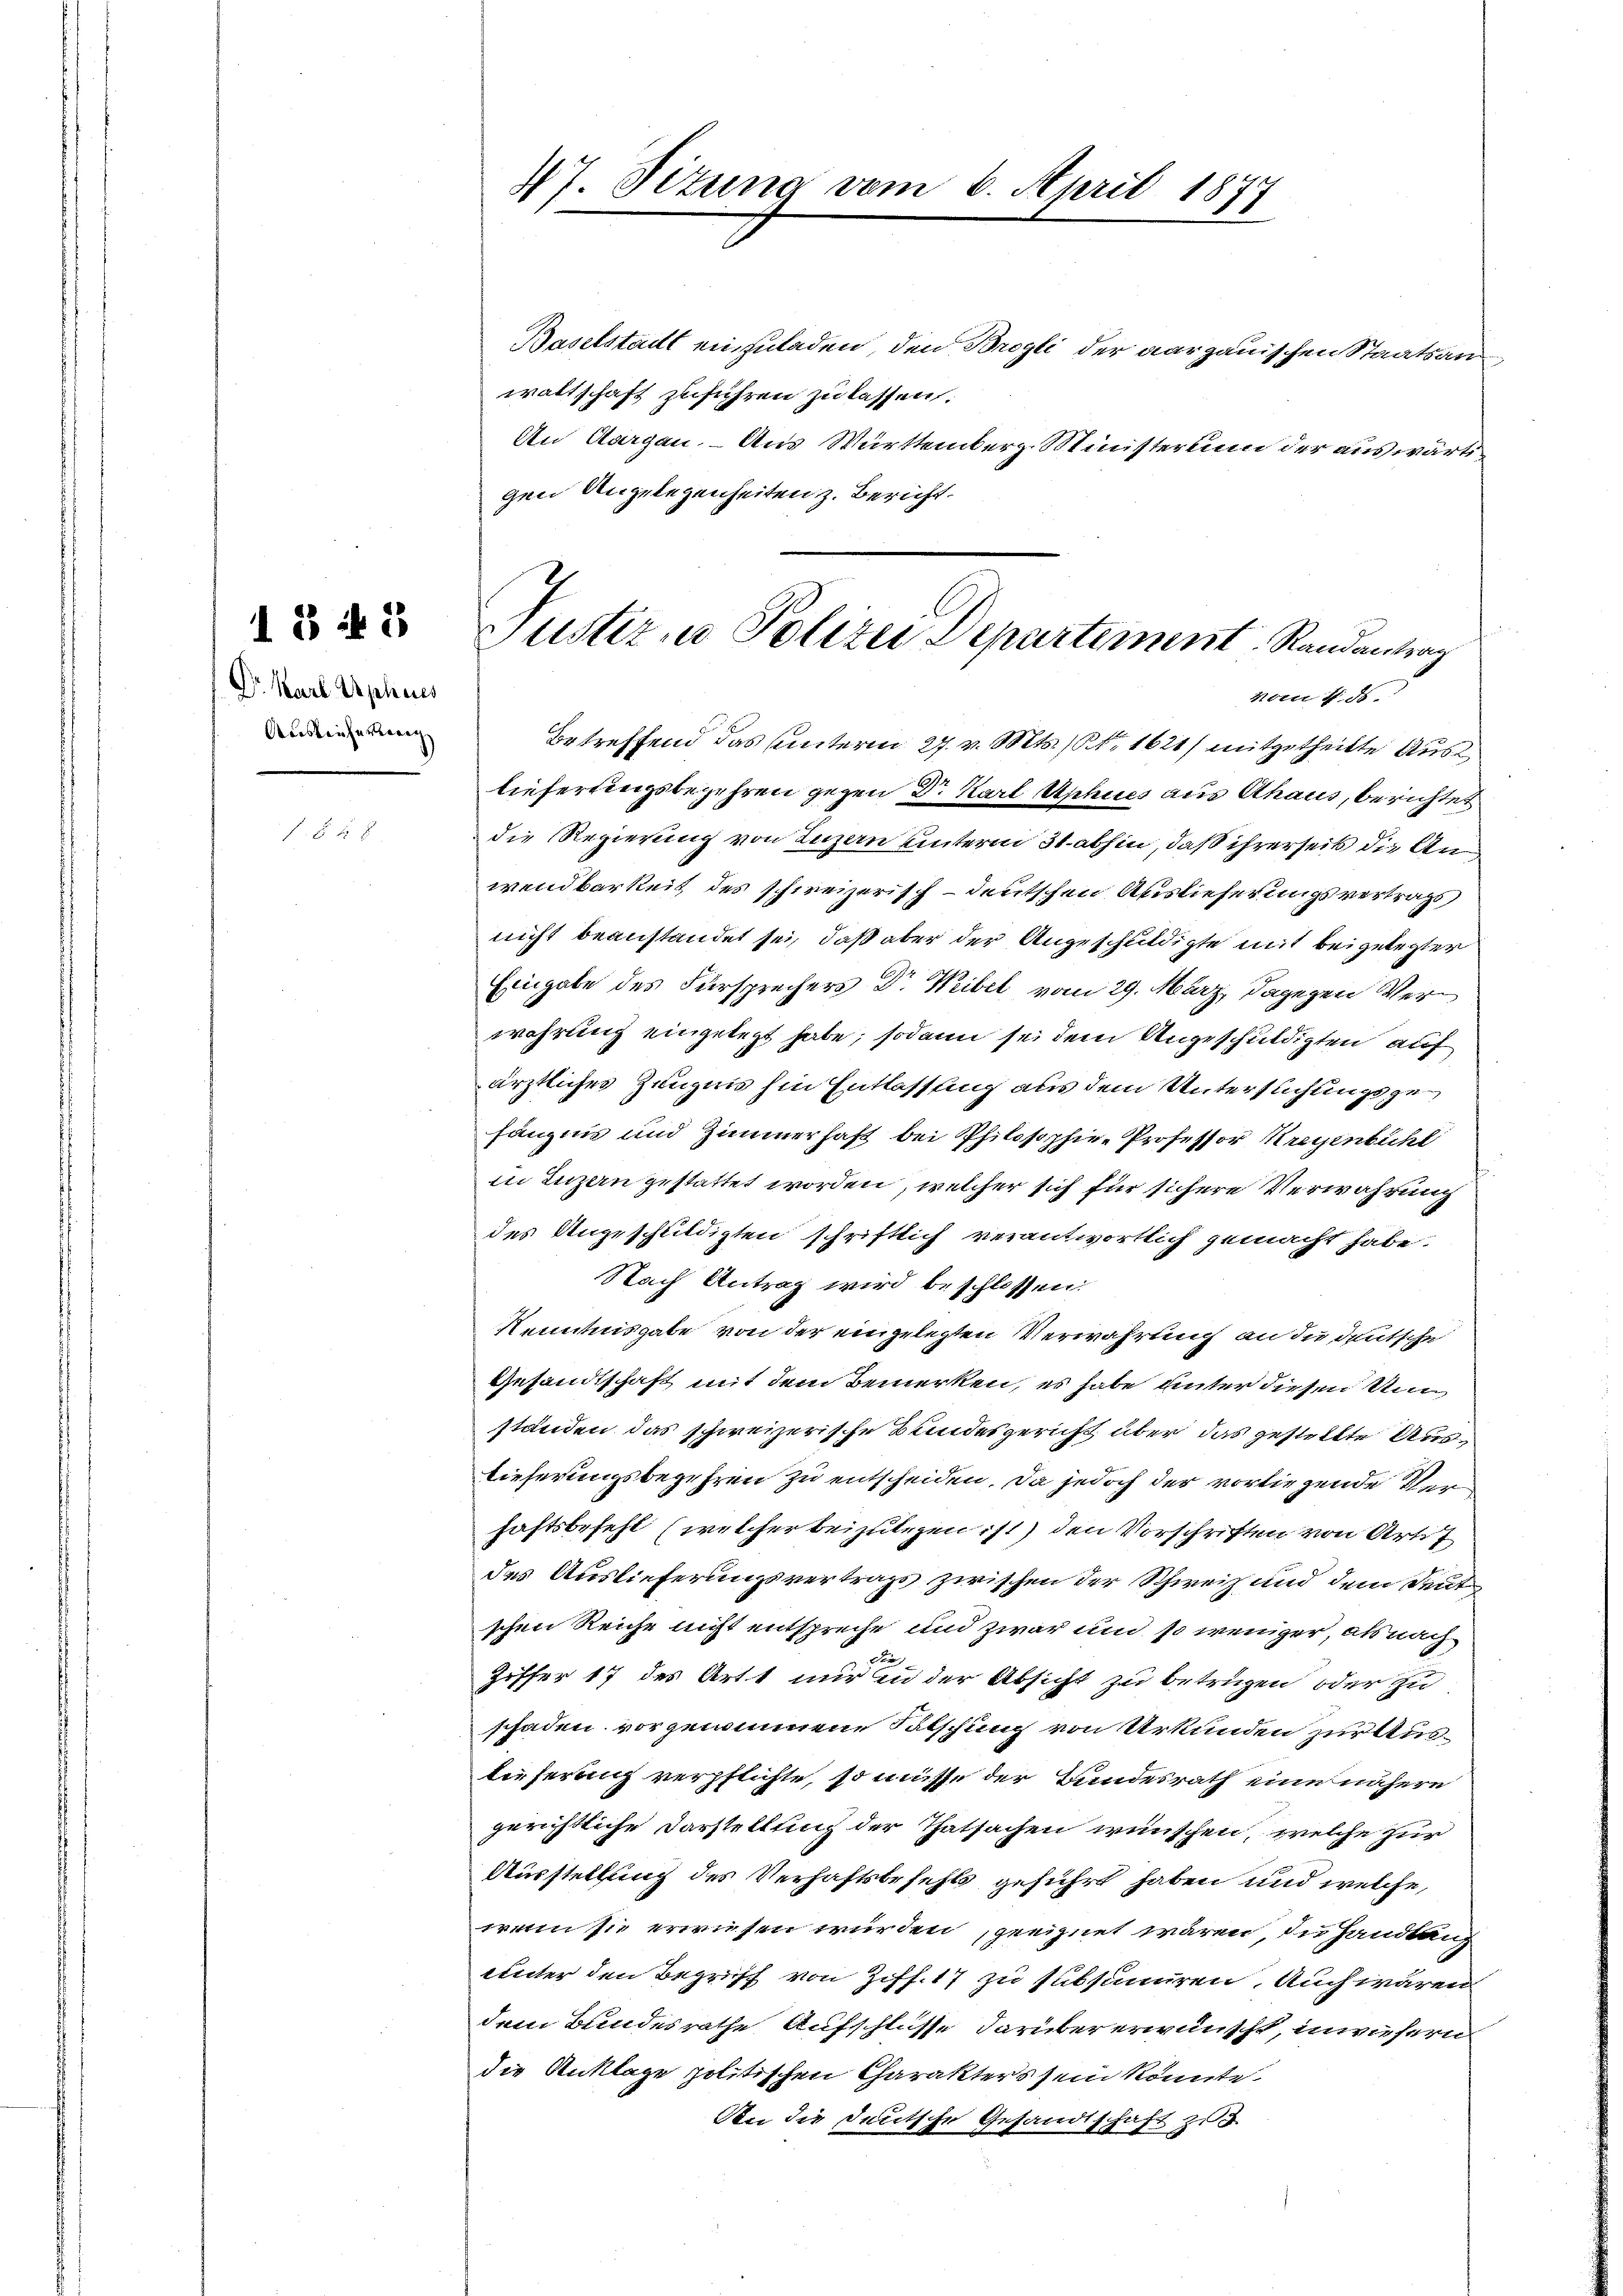
Dr. Karl Uphues
Ausleicherherig

13 f 3

f 5 xx

Baselstadt einzuladen, den Brogli der aargauischen Staatsanwaltschaft zuführen zu lassen:
An Aargau. – Aus Württemberg. Ministerium der auswärtigen Angelegenheiten z. Bericht.

47. Situng vom 6. April 1877

Justiz u. Polizei Departement. Randantrag
vom 4. ds.

Betreffend das Unterm 27. v. Mts. (S. 1621/ mitgetheilte Ausliefertingsbegehren gegen Dr. Karl Aphues aus Ahaus, berichtet
die Regierung von Luzern unterm 31. abhin, daß ihrerseits die Anwendbarkeit des schweizerisch - deutschen Auslieferungsvertrag
nicht beanstandet sei, daß aber der Angeschuldigte mit beigelegter
Eingabe des Fürsprechers Dr Weibel vom 29. März, dagegen Verwahrung eingelegt habe; sodann sei dem Angeschuldigten auf
ärztliches Zeugnis hin Entlassung aus dem Untersuchungsgefängnis und Zimmerhaft bei Philosophie- Professor Kreyenbühl
in Luzern gestattet worden, welcher sich für sichere Verwahrung
des Angeschuldigten schriftlich verantwortlich gemacht habe.
Nach Antrag wird beschlossen:
Kenntnisgabe von der eingelegten Verwahrung an die deutsche
Gesandtschaft mit dem Bemerken, es habe unter diesen Un
ständen das schweizerische Bundesgericht über das gestellte Auslieferungsbegehren zu entscheiden. Da jedoch der vorliegende Verhaftsbefehl (welcher beizulegen ist) den Vorschriften von Arti
das Auslieferungsvertrags zwischen der Schweiz und dem Deut
schen Reiche nicht entspreche und zwar und so weniger, als nach
d
Ziffer 17 des Art nur in der Absicht zu betrügen, oder zu
schaden vorgenommene Ratschung von Urkunden zur Auslieferung verpflichte, so müsse der Bundesrath eine nähere
gerichtliche Darstellung der Thatsachen wünschen, welche zur
Ausstellung des Verhaftsbefehls geführt haben und welche,
wenn sie erwiesen würden geeignet wären, die Handlung
unter den Begriff von Ziff. 17 zu subsumiren. Auch wären
dem Bundesrathe Aufschlüsse darüber erwünscht, inwiefern
die Anklage politischen Charakters sein könnte.
An die deutsche Gesandtschaft zu